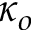
\kappa _ { o }